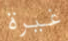
غيرة